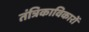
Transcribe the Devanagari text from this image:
तंत्रिकाविकारों